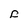
Character: F